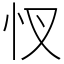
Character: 㣾